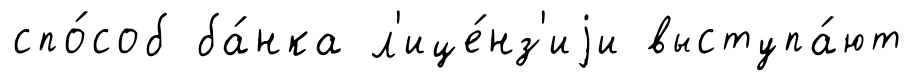
спо́соб ба́нка л'ице́нз'иjи выступа́ют